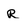
Character: r